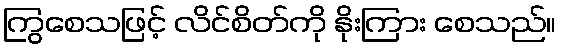
ကြွစေသဖြင့် လိင်စိတ်ကို နိုးကြား စေသည်။